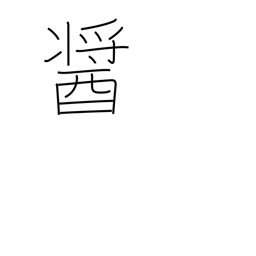
Meaning: a kind of miso